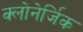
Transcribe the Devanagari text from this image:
क्लोनेर्जिक